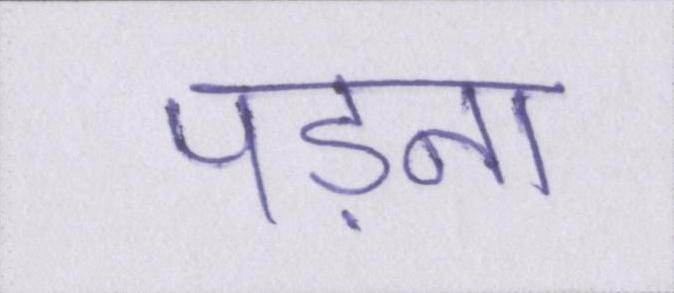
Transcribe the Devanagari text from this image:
पड़ना